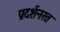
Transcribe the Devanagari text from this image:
प्रदर्शनरत